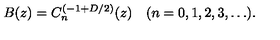
B ( z ) = C _ { n } ^ { ( - 1 + D / 2 ) } ( z ) \quad ( n = 0 , 1 , 2 , 3 , \ldots ) .